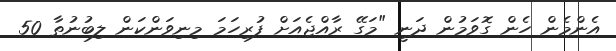
އެންމެން ހެން ގޮވަމުން ދަނީ "މަގޭ ރާއްޖެއަށް ފުރިހަމަ މިނިވަންކަން ލިބުނުތާ 50